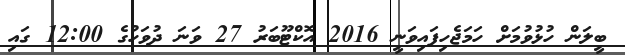
ބީލަން ހުޅުވުމަށް ހަމަޖެހިފައިވަނީ 2016 އޮކްޓޫބަރު 27 ވަނަ ދުވަހުގެ 12:00 ގައި